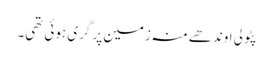
پٹولی اوندھے منہ زمین پر گری ہوئی تھی۔